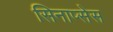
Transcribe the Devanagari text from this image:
सिनाप्सेस